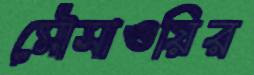
মৌসাওয়ির